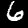
Label: 6